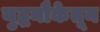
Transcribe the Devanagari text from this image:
युद्धनौकेतून